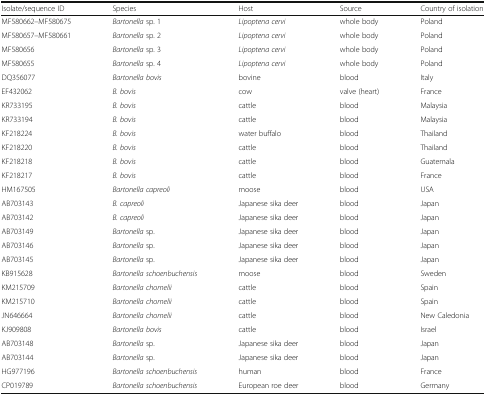
<table><thead><tr><td><b>Isolate/sequence ID</b></td><td><b>Species</b></td><td><b>Host</b></td><td><b>Source</b></td><td><b>Country of isolation</b></td></tr></thead><tbody><tr><td>MF580662–MF580675</td><td><i>Bartonella</i> sp. 1</td><td><i>Lipoptena cervi</i></td><td>whole body</td><td>Poland</td></tr><tr><td>MF580657–MF580661</td><td><i>Bartonella</i> sp. 2</td><td><i>Lipoptena cervi</i></td><td>whole body</td><td>Poland</td></tr><tr><td>MF580656</td><td><i>Bartonella</i> sp. 3</td><td><i>Lipoptena cervi</i></td><td>whole body</td><td>Poland</td></tr><tr><td>MF580655</td><td><i>Bartonella</i> sp. 4</td><td><i>Lipoptena cervi</i></td><td>whole body</td><td>Poland</td></tr><tr><td>DQ356077</td><td><i>Bartonella bovis</i></td><td>bovine</td><td>blood</td><td>Italy</td></tr><tr><td>EF432062</td><td><i>B. bovis</i></td><td>cow</td><td>valve (heart)</td><td>France</td></tr><tr><td>KR733195</td><td><i>B. bovis</i></td><td>cattle</td><td>blood</td><td>Malaysia</td></tr><tr><td>KR733194</td><td><i>B. bovis</i></td><td>cattle</td><td>blood</td><td>Malaysia</td></tr><tr><td>KF218224</td><td><i>B. bovis</i></td><td>water buffalo</td><td>blood</td><td>Thailand</td></tr><tr><td>KF218220</td><td><i>B. bovis</i></td><td>cattle</td><td>blood</td><td>Thailand</td></tr><tr><td>KF218218</td><td><i>B. bovis</i></td><td>cattle</td><td>blood</td><td>Guatemala</td></tr><tr><td>KF218217</td><td><i>B. bovis</i></td><td>cattle</td><td>blood</td><td>France</td></tr><tr><td>HM167505</td><td><i>Bartonella capreoli</i></td><td>moose</td><td>blood</td><td>USA</td></tr><tr><td>AB703143</td><td><i>B. capreoli</i></td><td>Japanese sika deer</td><td>blood</td><td>Japan</td></tr><tr><td>AB703142</td><td><i>B. capreoli</i></td><td>Japanese sika deer</td><td>blood</td><td>Japan</td></tr><tr><td>AB703149</td><td><i>Bartonella</i> sp.</td><td>Japanese sika deer</td><td>blood</td><td>Japan</td></tr><tr><td>AB703146</td><td><i>Bartonella</i> sp.</td><td>Japanese sika deer</td><td>blood</td><td>Japan</td></tr><tr><td>AB703145</td><td><i>Bartonella</i> sp.</td><td>Japanese sika deer</td><td>blood</td><td>Japan</td></tr><tr><td>KB915628</td><td><i>Bartonella schoenbuchensis</i></td><td>moose</td><td>blood</td><td>Sweden</td></tr><tr><td>KM215709</td><td><i>Bartonella chomelii</i></td><td>cattle</td><td>blood</td><td>Spain</td></tr><tr><td>KM215710</td><td><i>Bartonella chomelii</i></td><td>cattle</td><td>blood</td><td>Spain</td></tr><tr><td>JN646664</td><td><i>Bartonella chomelii</i></td><td>cattle</td><td>blood</td><td>New Caledonia</td></tr><tr><td>KJ909808</td><td><i>Bartonella bovis</i></td><td>cattle</td><td>blood</td><td>Israel</td></tr><tr><td>AB703148</td><td><i>Bartonella</i> sp.</td><td>Japanese sika deer</td><td>blood</td><td>Japan</td></tr><tr><td>AB703144</td><td><i>Bartonella</i> sp.</td><td>Japanese sika deer</td><td>blood</td><td>Japan</td></tr><tr><td>HG977196</td><td><i>Bartonella schoenbuchensis</i></td><td>human</td><td>blood</td><td>France</td></tr><tr><td>CP019789</td><td><i>Bartonella schoenbuchensis</i></td><td>European roe deer</td><td>blood</td><td>Germany</td></tr></tbody></table>